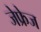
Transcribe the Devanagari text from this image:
जेफ्रेज